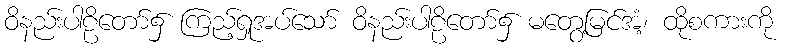
ဝိနည်းပါဠိတော်၌ ကြည့်ရှုအပ်သော် ဝိနည်းပါဠိတော်၌ မတွေ့မြင်အံ့၊ ထိုစကားကို